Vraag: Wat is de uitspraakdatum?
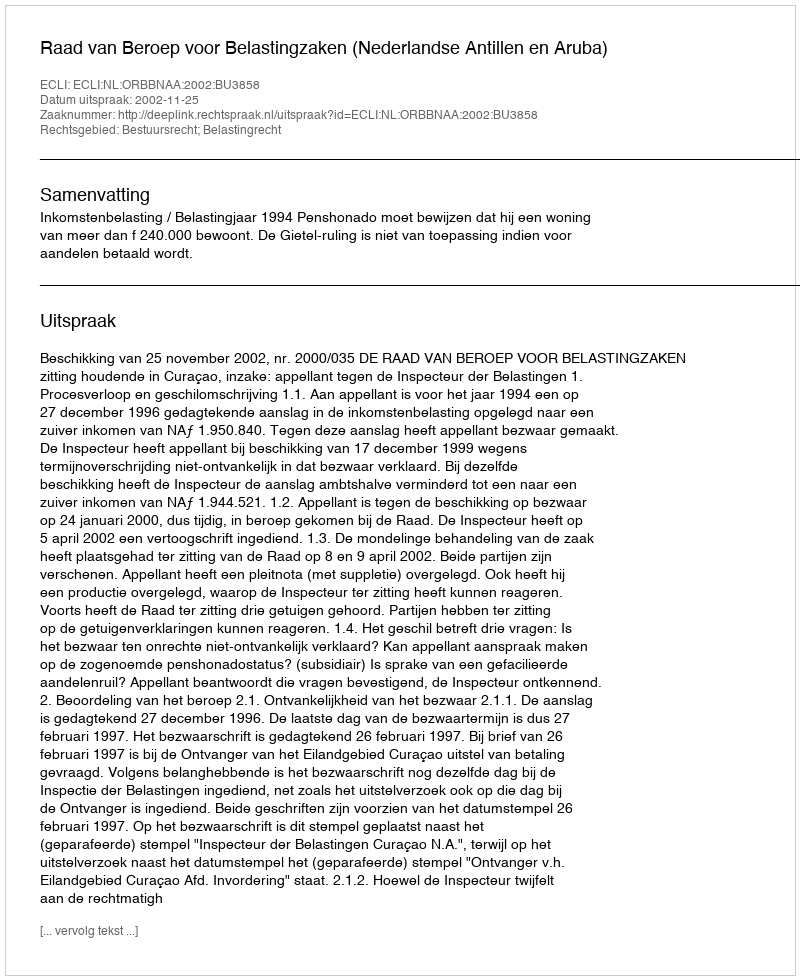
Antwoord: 2002-11-25